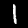
Label: 1